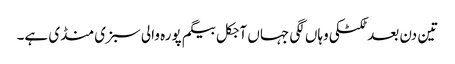
تین دن بعد ٹکٹکی وہاں لگی جہاں آجکل بیگم پورہ والی سبزی منڈی ہے۔